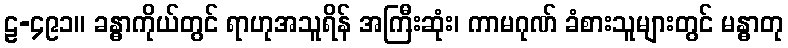
ဠ-၄၉၁။ ခန္ဓာကိုယ်တွင် ရာဟုအသူရိန် အကြီးဆုံး၊ ကာမဂုဏ် ခံစားသူများတွင် မန္ဓာတု